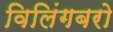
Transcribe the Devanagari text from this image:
विलिंगबरो